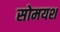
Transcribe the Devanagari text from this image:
सोमयश